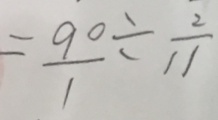
= \frac { 9 0 } { 1 } \div \frac { 2 } { 1 1 }